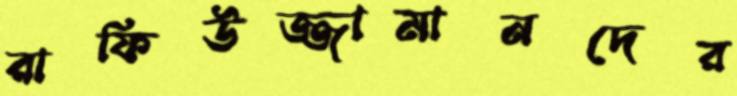
রাফিউজ্জামানদের